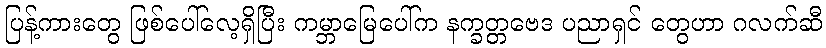
ပြန့်ကားတွေ ဖြစ်ပေါ်လေ့ရှိပြီး ကမ္ဘာမြေပေါ်က နက္ခတ္တဗေဒ ပညာရှင် တွေဟာ ဂလက်ဆီ